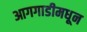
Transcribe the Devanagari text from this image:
आगगाडीमधून